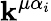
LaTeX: \mathbf{k}^{\mu\alpha_{i}}